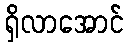
ရှိလာအောင်